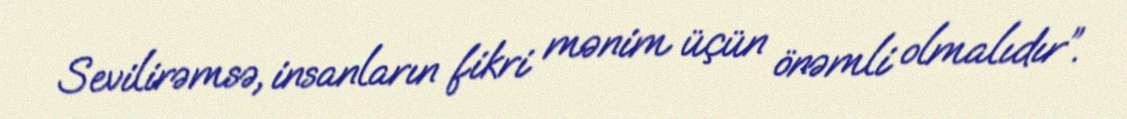
Sevilirəmsə, insanların fikri mənim üçün önəmli olmalıdır”.